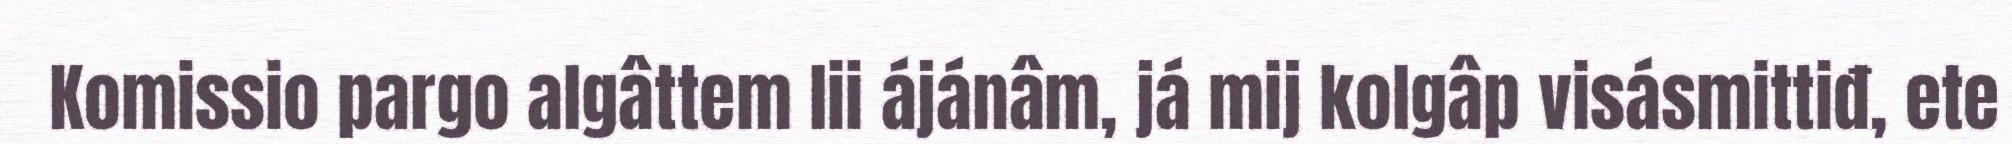
Komissio pargo algâttem lii ájánâm, já mij kolgâp visásmittiđ, ete